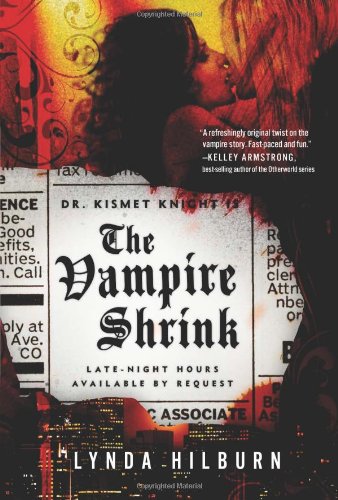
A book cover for The Vampire Shrink (Kismet Knight, Ph.D., Vampire Psychologist); Lynda Hilburn; Romance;